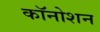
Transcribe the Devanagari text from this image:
कॉनोशन